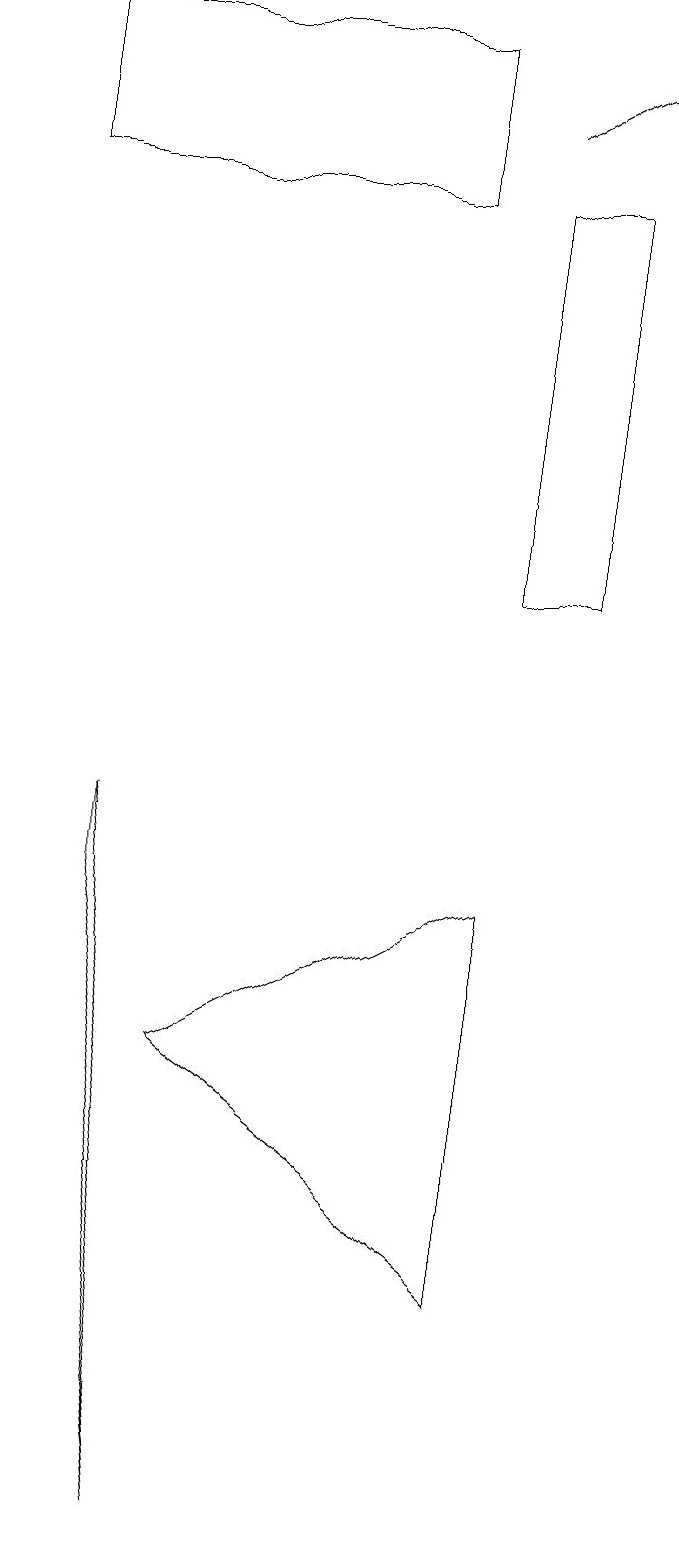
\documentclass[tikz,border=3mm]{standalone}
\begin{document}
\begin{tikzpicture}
\draw (6,8) -- (6,3) -- (2,6) -- cycle;
\draw (5,17) rectangle (0,19);
\draw (6,12) rectangle (7,17);
\draw (1,8) -- (1,9) -- (2,0) -- cycle;
\draw[->] (6,18) -- (8,19);
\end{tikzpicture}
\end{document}